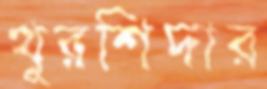
খুরশিদার